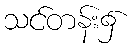
သင်တန်း၌